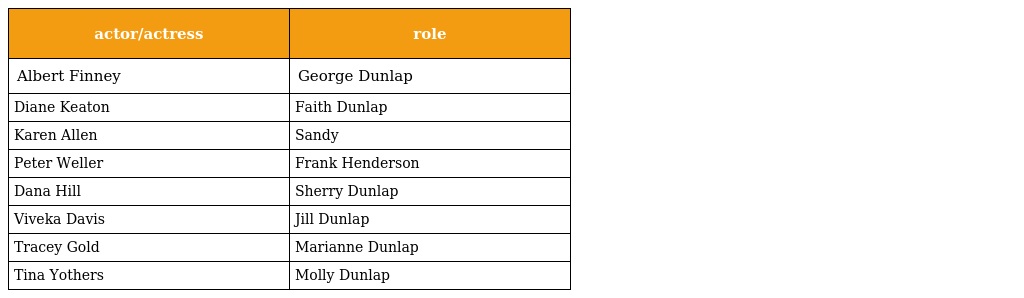
| actor/actress | role |
 | --- | --- |
 | Albert Finney | George Dunlap |
 | Diane Keaton | Faith Dunlap |
 | Karen Allen | Sandy |
 | Peter Weller | Frank Henderson |
 | Dana Hill | Sherry Dunlap |
 | Viveka Davis | Jill Dunlap |
 | Tracey Gold | Marianne Dunlap |
 | Tina Yothers | Molly Dunlap |